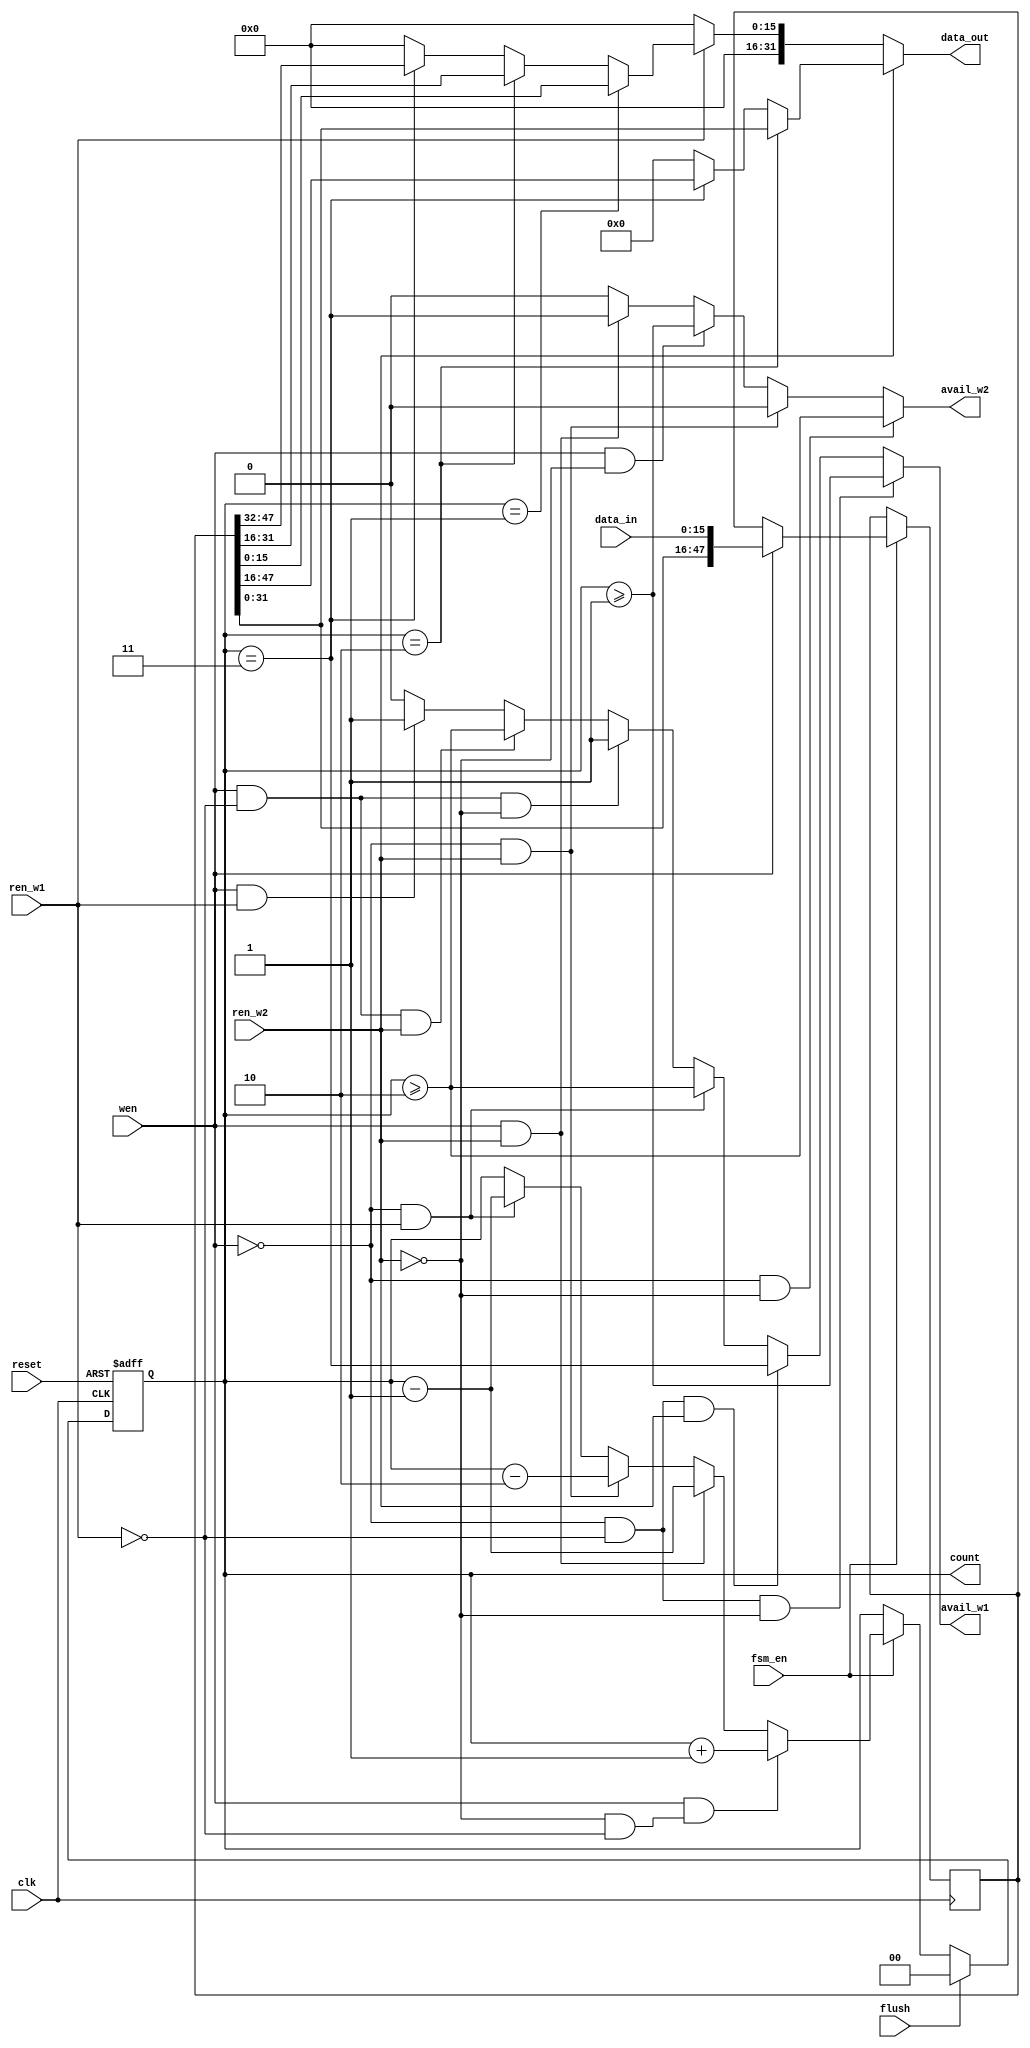
//
//--------------------------------------------------------------------------------
//          THIS FILE WAS AUTOMATICALLY GENERATED BY THE GENESIS2 ENGINE        
//  FOR MORE INFORMATION: OFER SHACHAM (CHIP GENESIS INC / STANFORD VLSI GROUP)
//    !! THIS VERSION OF GENESIS2 IS NOT FOR ANY COMMERCIAL USE !!
//     FOR COMMERCIAL LICENSE CONTACT SHACHAM@ALUMNI.STANFORD.EDU
//--------------------------------------------------------------------------------
//
//  
//	-----------------------------------------------
//	|            Genesis Release Info             |
//	|  $Change: 11904 $ --- $Date: 2013/08/03 $   |
//	-----------------------------------------------
//	
//
//  Source file: /horowitz/users/dhuff/CGRAGenerator/hardware/generator_z/memory_core/input_sr.vp
//  Source template: input_sr
//
// --------------- Begin Pre-Generation Parameters Status Report ---------------
//
//	From 'generate' statement (priority=5):
// Parameter dwidth 	= 16
//
//		---- ---- ---- ---- ---- ---- ---- ---- ---- ---- ----
//
//	From Command Line input (priority=4):
//
//		---- ---- ---- ---- ---- ---- ---- ---- ---- ---- ----
//
//	From XML input (priority=3):
//
//		---- ---- ---- ---- ---- ---- ---- ---- ---- ---- ----
//
//	From Config File input (priority=2):
//
// ---------------- End Pre-Generation Pramameters Status Report ----------------

///////////////////////////////////////////////////////////////////
// CGRA memory generator
//////////////////////////////////////////////////////////////////


`define xassert(condition, message)
//if(condition) begin $display(message); $finish(1); end


// dwidth (_GENESIS2_INHERITANCE_PRIORITY_) = 16
//
module input_sr_unq1(
clk,
reset,
flush,
fsm_en,
data_in,
wen,
data_out,
avail_w1,
avail_w2,
ren_w1,
ren_w2,
count
);

  input clk;
  input reset;
  input flush;
  input fsm_en;
  input [15:0] data_in;
  input ren_w1;
  input ren_w2;
  input wen;
  output reg avail_w1;
  output reg avail_w2;
  output reg [31:0] data_out;
  
  reg [47:0] data_sr;
  output reg [1:0] count;
  

  always @(posedge clk) begin
   if (fsm_en==1'b1) begin
     if (wen==1'b1) begin
       data_sr <= {data_sr[31:0],data_in};
     end
   end
  end

  always @(posedge clk) begin
   // assert only ren_w2 or ren_w1 at a time.
   // asserting both is an error
   `xassert((ren_w2&ren_w1)==1'b1 , "both ren_w2 and ren_w1 are asserted" )
  end
  always @(posedge clk or posedge reset) begin
    if (reset==1'b1) begin
      count <= 2'd0;
    end	
    else if (flush==1'b1) begin
      count <= 2'd0;
    end
    else if (fsm_en==1'b1) begin
      if (wen==1'b1 && (ren_w2==1'b0 && ren_w1==1'b0)) begin
        count <= count + 2'd1;
        `xassert(count >= 2'd3, "pushing data into sr when count >= 3")
      end else if (wen==1'b1 && ren_w2==1'b1) begin
        count <= count - 2'd1;
        `xassert(count == 2'd0, "popping pixel from sr when count == 0. Case A.")
      end else if (wen==1'b0 && ren_w2==1'b1) begin
        count <= count - 2'd2;
        `xassert(count <= 2'd1, "popping two pixels from sr when count <= 1")
      end else if (wen==1'b0 && ren_w1==1'b1) begin
        count <= count - 2'd1;
        `xassert(count == 2'd0, "popping pixel from sr when count ==0. Case B.")
      end else if (wen==1'b1 && ren_w1==1'b1) begin
        count <= count;
      end
    end
  end


  always @(*) begin
      avail_w2 <= 1'b0;
      if (wen==1'b0 && ren_w2==1'b0) begin
        avail_w2 <= (count >= 2'd2);        
      end else if (wen==1'b0 && ren_w2==1'b1) begin
        avail_w2 <= 1'b0;      
      end else if (wen==1'b1 && ren_w2==1'b0) begin
        avail_w2 <= (count >= 2'd1);      
      end else if (wen==1'b1 && ren_w2==1'b1) begin
        avail_w2 <= (count == 2'd3);      
      end
  end
  always @(*) begin
      avail_w1 <= 1'b0;
      if (wen==1'b0 && ren_w1==1'b0 && ren_w2==1'b0) begin
        avail_w1 <= (count >= 2'd1);      
      end else if (wen==1'b0 && ren_w1==1'b0 && ren_w2==1'b1) begin
        avail_w1 <= (count == 2'd3); 
      end else if (wen==1'b0 && ren_w1==1'b1) begin
        avail_w1 <= (count >= 2'd2);      
      end else if (wen==1'b1 && ren_w1==1'b0 && ren_w2==1'b0) begin
        avail_w1 <= 1'b1;      
      end else if (wen==1'b1 && ren_w1==1'b0 && ren_w2==1'b1) begin
        avail_w1 <= (count >= 2'd2);
      end else if (wen==1'b1 && ren_w1==1'b1) begin
        avail_w1 <= 1'b1;      
      end
  end

  always @(*) begin
    if (ren_w2==1'b1) begin
      if (count==2'd2) begin
        data_out <= data_sr[31:0];
      end else if (count==2'd3) begin
        data_out <= data_sr[47: 16];
      end else begin
        data_out <= 32'h0;
      end
      
    end else if (ren_w1==1'b1) begin
      if (count==2'd1) begin
        data_out <= {16'd0, data_sr[15:0]};
      end else if (count==2'd2) begin
        data_out <= {16'd0, data_sr[31:16]};
      end else if (count==2'd3) begin
        data_out <= {16'd0, data_sr[47: 32]};
      end else begin
        data_out <= 32'h0;
      end
    end else begin
      data_out <= 32'd0;
    end
  end

endmodule